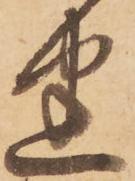
曲